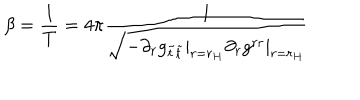
\beta = \frac { 1 } { T } = 4 \pi \frac { 1 } { \sqrt { - \partial _ { r } g _ { \tilde { t } \tilde { t } } | _ { r = r _ { H } } \partial _ { r } g ^ { r r } | _ { r = r _ { H } } } }